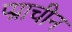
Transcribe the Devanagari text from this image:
प्प्राचीन